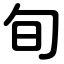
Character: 旬